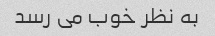
به نظر خوب می رسد